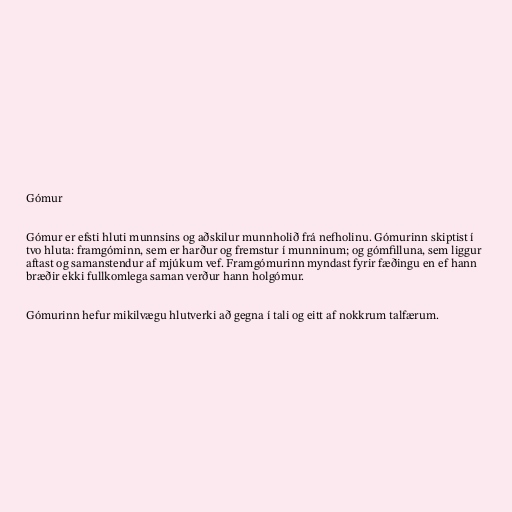
Gómur

Gómur er efsti hluti munnsins og aðskilur munnholið frá nefholinu. Gómurinn skiptist í
tvo hluta: framgóminn, sem er harður og fremstur í munninum; og gómfilluna, sem liggur
aftast og samanstendur af mjúkum vef. Framgómurinn myndast fyrir fæðingu en ef hann
bræðir ekki fullkomlega saman verður hann holgómur.

Gómurinn hefur mikilvægu hlutverki að gegna í tali og eitt af nokkrum talfærum.